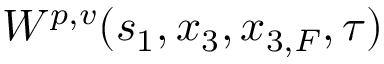
W ^ { p , v } ( s _ { 1 } , x _ { 3 } , x _ { 3 , F } , \tau )